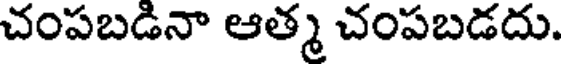
చంపబడినా ఆత్మ చంపబడదు.